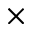
\times